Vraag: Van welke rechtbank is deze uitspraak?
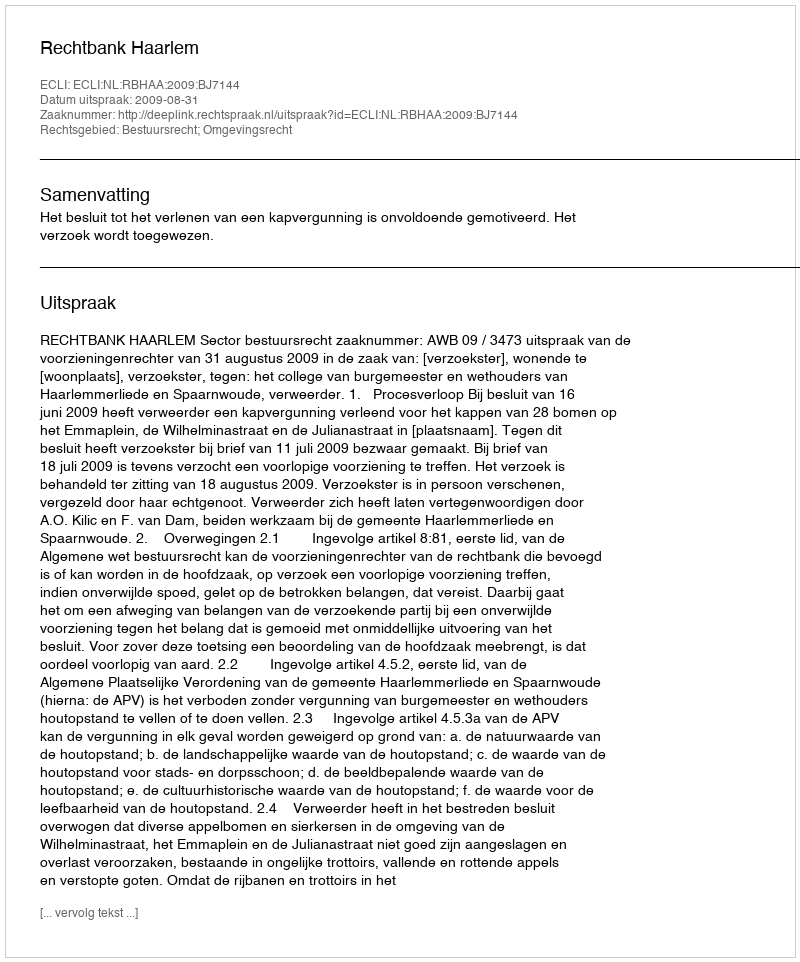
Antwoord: Rechtbank Haarlem